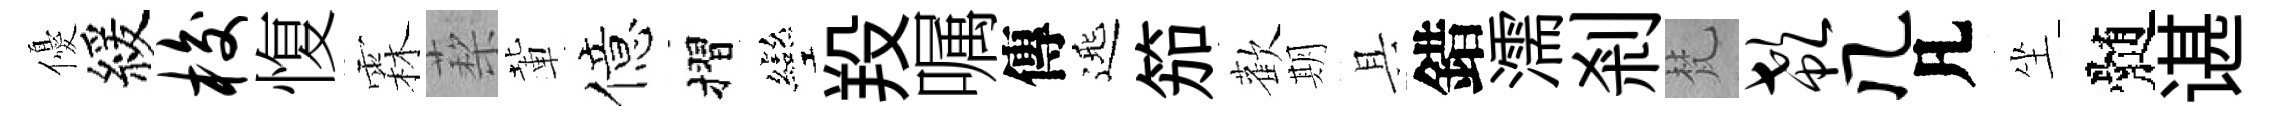
優緩梭愎霖蔾輩億摺彎羖嘱傳𨓱笳歡期具錯濡剎梵欷几凡坐髄谌